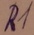
Text: R1